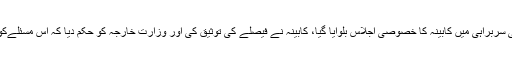
شاہ محمود قریشی نے بتایا کہ وزیراعظم عمران خان کی سربراہی میں کابینہ کا خصوصی اجلاس بلوایا گیا، کابینہ نے فیصلے کی توثیق کی اور وزارتِ خارجہ کو حکم دیا کہ اس مسئلےکو سلامتی کونسل میں لے جانے کے اقدامات کیے جائیں۔